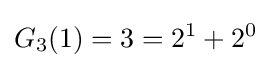
G_{3}(1)=3=2^{1}+2^{0}